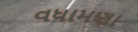
વધામણા